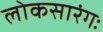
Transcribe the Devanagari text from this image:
लोकसारंगः